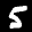
Label: 5